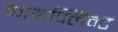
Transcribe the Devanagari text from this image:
कानफ्लिक्ट